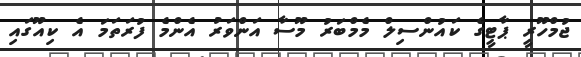
ޖުމްހޫރީ ޕާޓީގެ ކައުންސިލް މެމްބަރު މޫސާ އަންވަރު އެންމެ ފުރަތަމަ އެ ކިއޫގައި